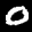
Label: 0